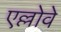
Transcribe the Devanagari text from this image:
एल्लोवे